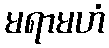
မရာမဟံ